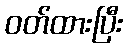
ဝတ်ထားပြီး